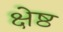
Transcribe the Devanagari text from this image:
क्षेष्ठ